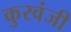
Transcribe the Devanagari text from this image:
कुरवंजी